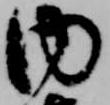
内